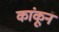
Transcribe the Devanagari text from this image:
कांकून